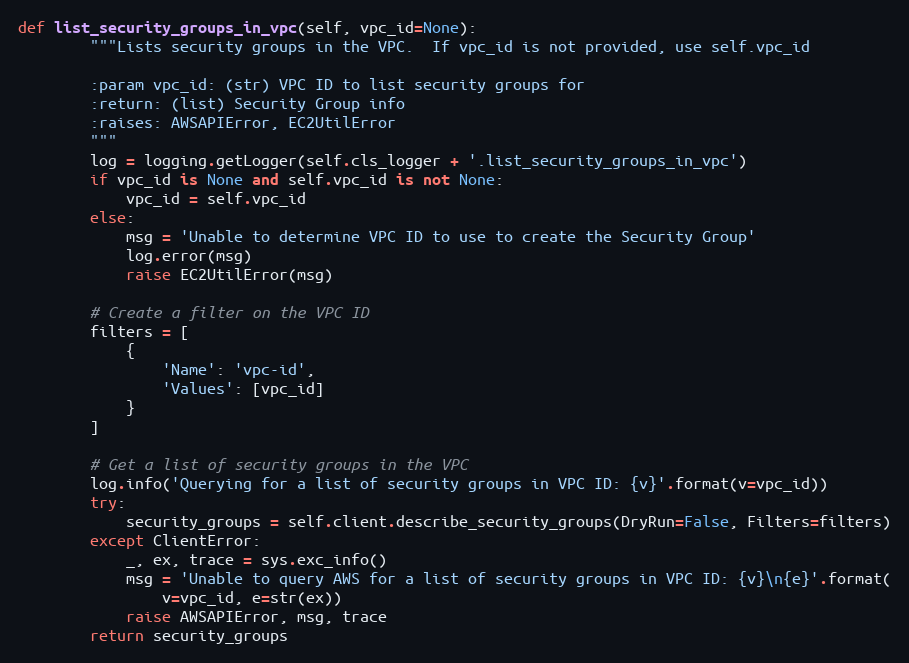
Language: Python
def list_security_groups_in_vpc(self, vpc_id=None):
        """Lists security groups in the VPC.  If vpc_id is not provided, use self.vpc_id

        :param vpc_id: (str) VPC ID to list security groups for
        :return: (list) Security Group info
        :raises: AWSAPIError, EC2UtilError
        """
        log = logging.getLogger(self.cls_logger + '.list_security_groups_in_vpc')
        if vpc_id is None and self.vpc_id is not None:
            vpc_id = self.vpc_id
        else:
            msg = 'Unable to determine VPC ID to use to create the Security Group'
            log.error(msg)
            raise EC2UtilError(msg)

        # Create a filter on the VPC ID
        filters = [
            {
                'Name': 'vpc-id',
                'Values': [vpc_id]
            }
        ]

        # Get a list of security groups in the VPC
        log.info('Querying for a list of security groups in VPC ID: {v}'.format(v=vpc_id))
        try:
            security_groups = self.client.describe_security_groups(DryRun=False, Filters=filters)
        except ClientError:
            _, ex, trace = sys.exc_info()
            msg = 'Unable to query AWS for a list of security groups in VPC ID: {v}\n{e}'.format(
                v=vpc_id, e=str(ex))
            raise AWSAPIError, msg, trace
        return security_groups